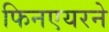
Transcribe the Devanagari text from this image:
फिनएयरने